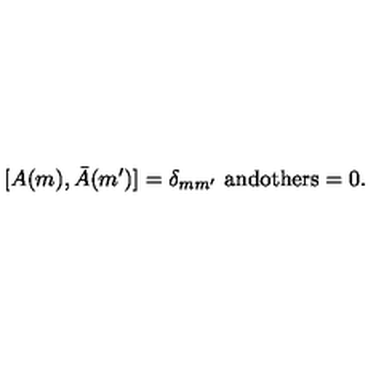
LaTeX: [ A ( m ) , \bar { A } ( m ^ { \prime } ) ] = \delta _ { m m ^ { \prime } } \ \mathrm { a n d o t h e r s } = 0 .